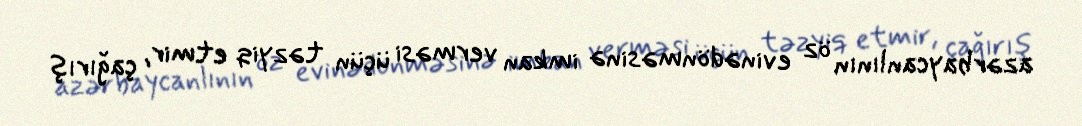
azərbaycanlının öz evinədönməsinə imkan verməsi üçün təzyiq etmir, çağırış